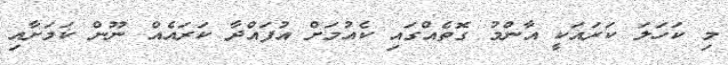
މި ކަހަލަ ކަރައަކީ އާންމު ގޮތެއްގައި ކެއުމަށް އުފައްދާ ކަރައެއް ނޫން ކަމަށާއި